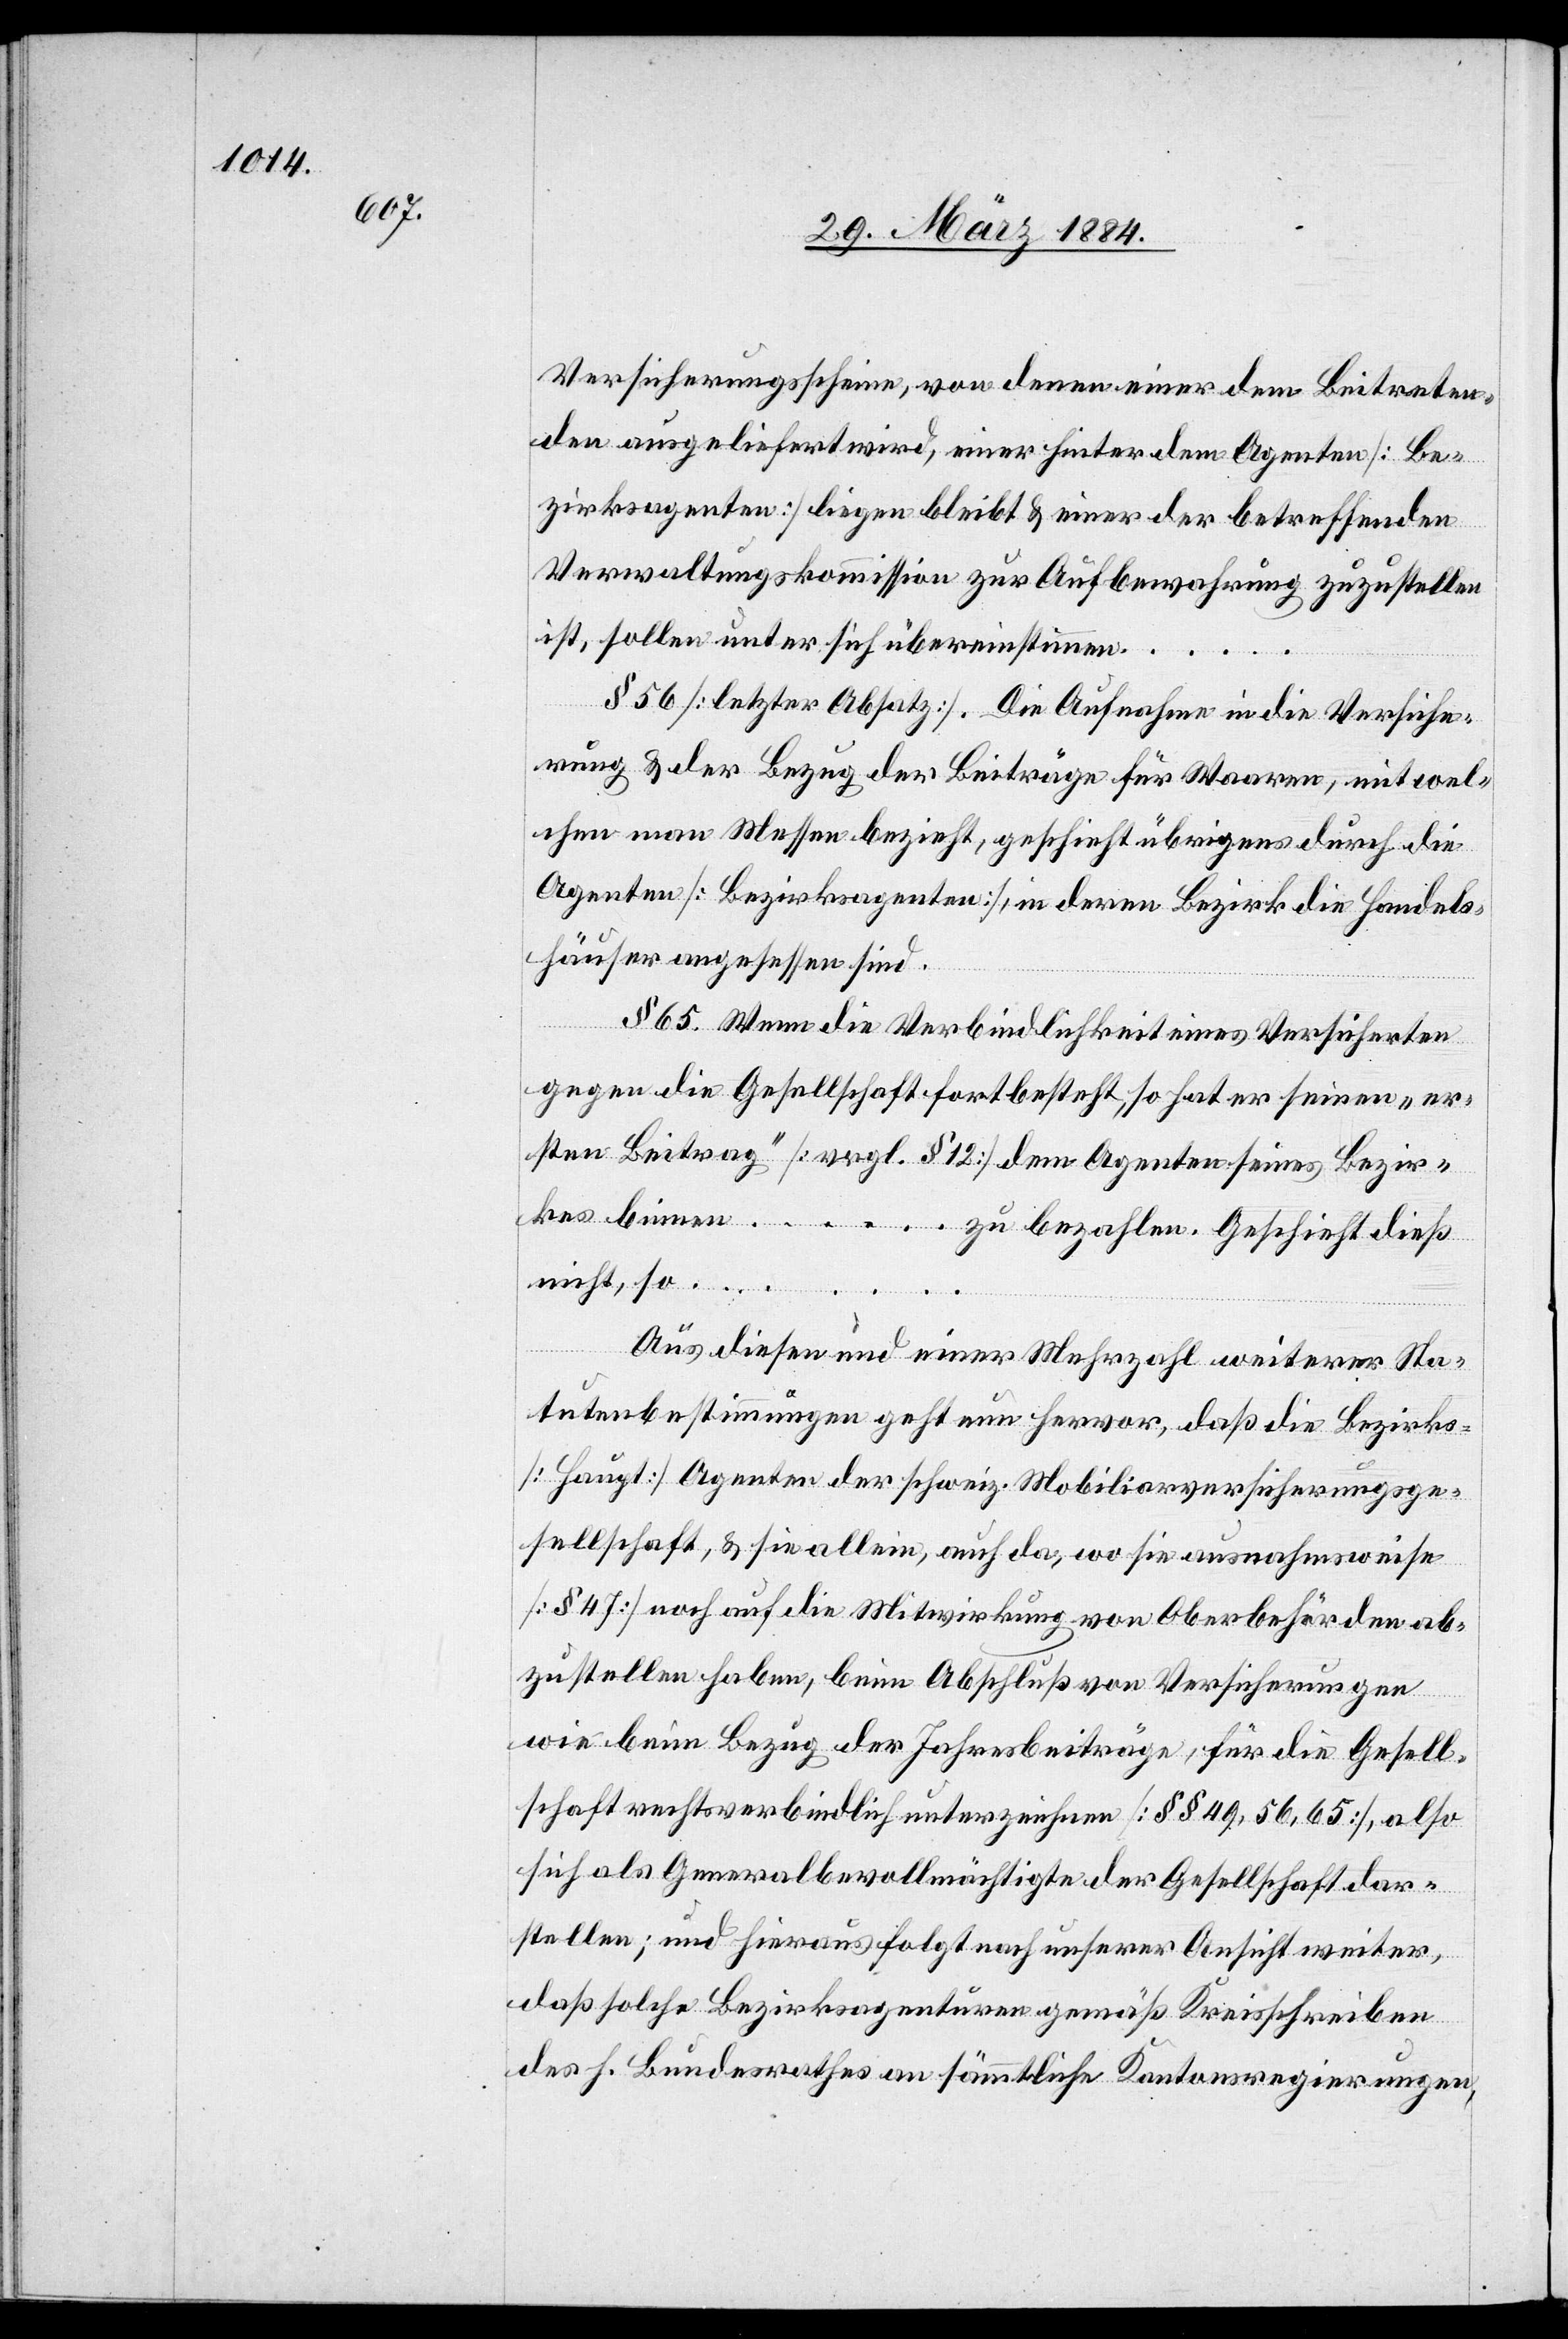
Versicherungsscheine, von denen einer dem Beitreten¬
den ausgeliefert wird, einer hinter dem Agenten [Be¬
zirksagenten] liegen bleibt & einer der betreffenden
Verwaltungskommission zur Aufbewahrung zuzustellen
ist, sollen unter sich übereinstimmen…
so…
§ 56 [letzter Absatz]. Die Aufnahme in die Versiche¬
rung & der Bezug der Beiträge für Waaren, mit wel¬
chen man Messen bezieht, geschieht übrigens durch die
Agenten [Bezirksagenten], in deren Bezirk die Handels¬
häuser angesessen sind.
§ 65. Wenn die Verbindlichkeit eines Versicherten
gegen die Gesellschaft fortbesteht, so hat er seinen „er¬
sten Beitrag“ [vergl. § 12] dem Agenten seines Bezir¬
kes binnen… zu bezahlen. Geschieht dieß
Aus diesen und einer Mehrzahl weiterer Sta¬
tutenbestimmungen geht nun hervor, daß die Bezirks-
[Haupt-] Agenten der schweiz. Mobiliarversicherungsge¬
sellschaft, & sie allein, auch da, wo sie ausnahmsweise
[§ 47] noch auf die Mitwirkung von Oberbehörden ab¬
zustellen haben, beim Abschluß von Versicherungen
nicht,
wie beim Bezug der Jahresbeiträge, für die Gesell¬
schaft rechtsverbindlich unterzeichnen [§§ 49, 56, 65], also
sich als Generalbevollmächtigte der Gesellschaft dar¬
stellen; und hieraus folgt nach unserer Ansicht weiter,
daß solche Bezirksagenturen gemäß Kreisschreiben
des h. Bundesrathes an sämmtliche Kantonsregierungen,